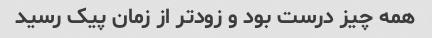
همه چیز درست بود و زودتر از زمان پیک رسید